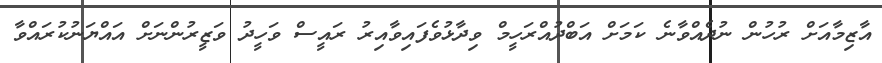
އާޒިމާއަށް ރުހުން ނުދެއްވާނެ ކަމަށް އަބްދުއްރަހީމް ވިދާޅުވެފައިވާއިރު ރައީސް ވަހީދު ވަޒީރުންނަށް އައްޔަނުކުރައްވާ